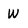
Character: W